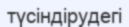
түсіндірудегі